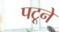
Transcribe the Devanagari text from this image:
पटूने